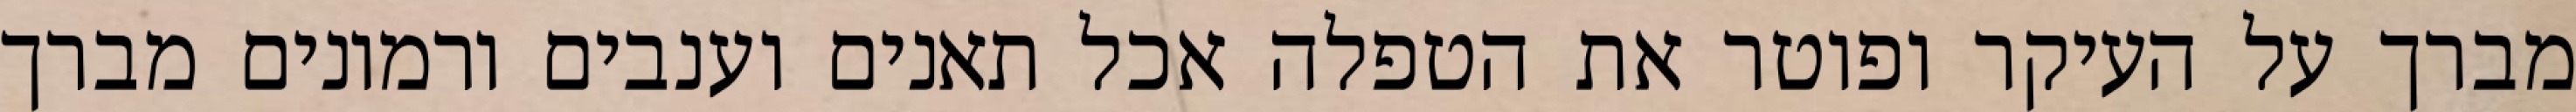
מברך על העיקר ופוטר את הטפלה אכל תאנים וענבים ורמונים מברך